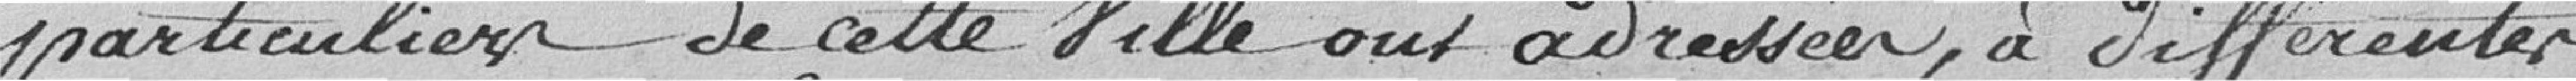
particuliers de cette Ville ont adressé, à différentes